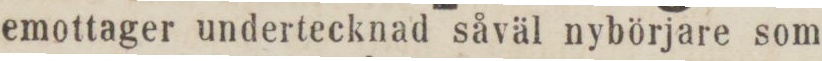
emottager undertecknad såväl nybörjare som